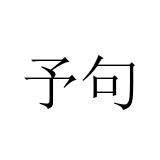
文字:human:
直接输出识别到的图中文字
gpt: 予句